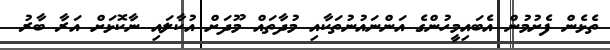
ތެޅެން ފެށުމުން އެބައިމީހުންގެ އަންނައުނުތަކާއި މުދާތައް މޫދަށް އުކާލައި ނާކޮޅަށް އަރާ ބާރު